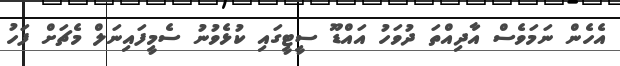
އެހެން ނަމަވެސް އާދިއްތަ ދުވަހު އައްޑޫ ސީޓީގައި ކުޅެވުނު ސެމީފައިނަލް މެޗަށް ފަހު